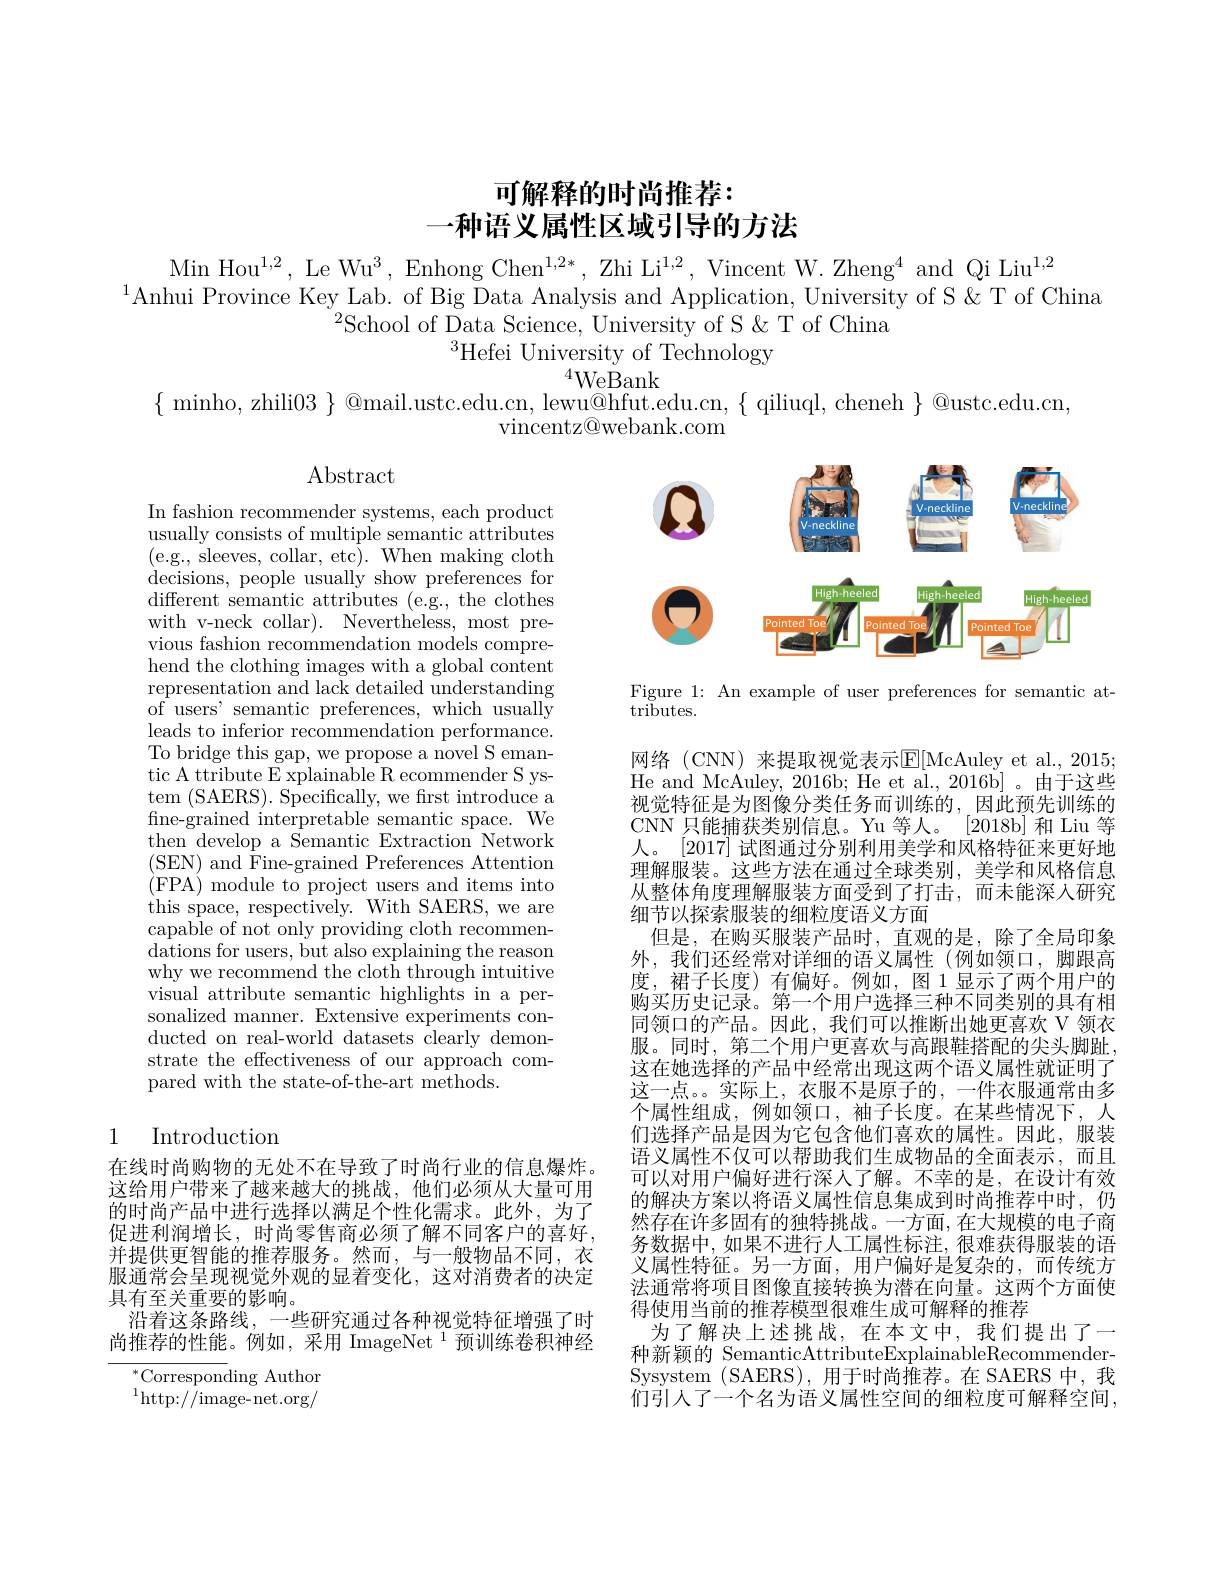
# 可解释的时尚推荐： 一种语义属性区域引导的方法

Min Hou$^1,2$, Le Wu$^3$, Enhong Chen$^1,2*$, Zhi Li$^{1,2}$, Vincent W.Zheng$^4$ and Qi Liu$^1,2$
$^{1}$Anhui Province Key Lab. of Big Data Analysis and Application, University of S $\dot{\&}$ T of China
$^{2}$School of Data Science, University of S & T of China
$^3$Hefei University of Technology

$\begin{array}{c}{\mathrm{minho,~zhili03~}}&{^{4}\text{WeBank}}\\{\text{@mail.ustc.edu.cn, lewu@hfut.edu.cn,\{qiliuql,cheneh\}@ustc.edu.cn}}\\{\mathrm{vincentz@webank.com}}\end{array}$

$\operatorname{Abstract}$

<FigureHere>

Figure 1: An example of user preferences for semantic at-
${\mathrm{tributes.}}$

In fashion recommender systems, each product usually consists of multiple semantic attributes (e.g., sleeves, collar, etc). When making cloth decisions, people usually show preferences for different semantic attributes (e.g., the clothes with v-neck collar). Nevertheless, most previous fashion recommendation models comprehend the clothing images with a global content representation and lack detailed understanding of users' semantic preferences, which usually leads to inferior recommendation performance. To bridge this gap, we propose a novel S emantic A ttribute E xplainable R ecommender S ystem (SAERS). Specifically, we frst introduce a fine-grained interpretable semantic space. We then develop a Semantic Extraction Network (SEN) and Fine-grained Preferences Attention (FPA) module to project users and items into this space, respectively. With SAERS, we are capable of not only providing cloth recommendations for users, but also explaining the reason why we recommend the cloth through intuitive visual attribute semantic highlights in a personalized manner. Extensive experiments conducted on real-world datasets clearly demonstrate the effectiveness of our approach compared with the state-of-the-art methods.

网络(CNN) 来提取视觉表示E[McAuley et al.,2015; He and McAuley, 2016b; He et al., 2016b]。由于这些视觉特征是为图像分类任务而训练的，因此预先训练的CNN 只能捕获类别信息。Yu 等人。[2018b]和 Liu 等人。[2017] 试图通过分别利用美学和风格特征来更好地理解服装。这些方法在通过全球类别，美学和风格信息从整体角度理解服装方面受到了打击，而未能深入研究细节以探索服装的细粒度语义方面
但是，在购买服装产品时，直观的是，除了全局印象外，我们还经常对详细的语义属性(例如领口，脚跟高度，裙子长度)有偏好。例如，图 1显示了两个用户的购买历史记录。第一个用户选择三种不同类别的具有相同领口的产品。因此，我们可以推断出她更喜欢 V 领衣服。同时，第二个用户更喜欢与高跟鞋搭配的尖头脚趾， 这在她选择的产品中经常出现这两个语义属性就证明了这一点。。实际上，衣服不是原子的，一件衣服通常由多个属性组成，例如领口，袖子长度。在某些情况下，人们选择产品是因为它包含他们喜欢的属性。因此，服装语义属性不仅可以帮助我们生成物品的全面表示，而且可以对用户偏好进行深人了解。不幸的是，在设计有效的解决方案以将语义属性信息集成到时尚推荐中时，仍然存在许多固有的独特挑战。一方面，在大规模的电子商务数据中，如果不进行人工属性标注，很难获得服装的语义属性特征。另一方面，用户偏好是复杂的，而传统方法通常将项目图像直接转换为潜在向量。这两个方面使得使用当前的推荐模型很难生成可解释的推荐
为了解决上述挑战，在本文中，我们提出了一种新颖的 SemanticAttributeExplainableRecommenderSysystem (SAERS),用于时尚推荐。在 SAERS 中，我们引人了一个名为语义属性空间的细粒度可解释空间，

# 1 Introduction

在线时尚购物的无处不在导致了时尚行业的信息爆炸。这给用户带来了越来越大的挑战，他们必须从大量可用的时尚产品中进行选择以满足个性化需求。此外，为了促进利润增长，时尚零售商必须了解不同客户的喜好， 并提供更智能的推荐服务。然而，与一般物品不同，衣服通常会呈现视觉外观的显着变化，这对消费者的决定具有至关重要的影响。
沿着这条路线，一些研究通过各种视觉特征增强了时尚推荐的性能。例如，采用 ImageNet $^{1}$预训练卷积神经

$^{*}$Corresponding Author $^{1}$http:$/\hat{/}$image-net.org/